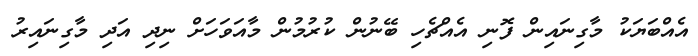
އެއްބަޔަކު މާގިނައިން ފޮނި އެއްޗެހި ބޭނުން ކުރުމުން މާއަވަހަށް ނިދި އަދި މާގިނައިރު